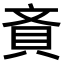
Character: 𧴻